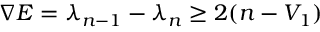
\nabla E = \lambda _ { n - 1 } - \lambda _ { n } \geq 2 ( n - V _ { 1 } )